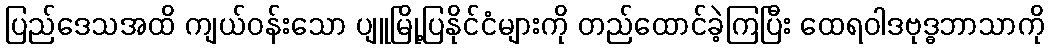
ပြည်ဒေသအထိ ကျယ်ဝန်းသော ပျူမြို့ပြနိုင်ငံများကို တည်ထောင်ခဲ့ကြပြီး ထေရဝါဒဗုဒ္ဓဘာသာကို